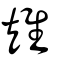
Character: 雉